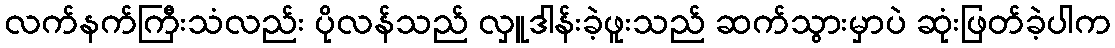
လက်နက်ကြီးသံလည်း ပိုလန်သည် လှူဒါန်းခဲ့ဖူးသည် ဆက်သွားမှာပဲ ဆုံးဖြတ်ခဲ့ပါက